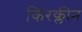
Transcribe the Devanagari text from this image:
किरक्लीन